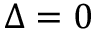
\Delta = 0